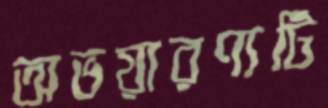
অভয়ারণ্যটি